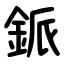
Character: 䤨